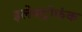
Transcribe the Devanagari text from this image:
इलेक्ट्रोफंक